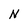
Character: N